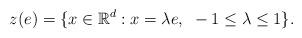
LaTeX: \begin{align*}z(e)=\{x\in{\mathbb R}^d:x=\lambda e, \mbox{ }-1\le\lambda\le 1\}.\end{align*}